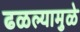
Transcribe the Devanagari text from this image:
ढळल्यामुळे